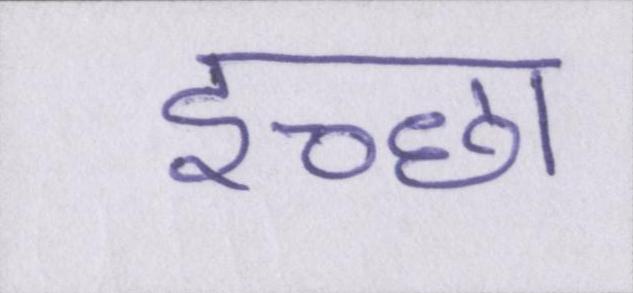
इच्छा